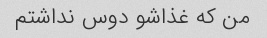
من که غذاشو دوس نداشتم